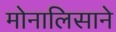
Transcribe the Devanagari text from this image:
मोनालिसाने